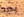
بعد